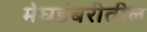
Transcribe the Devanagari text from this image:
मेघडंबरीतील